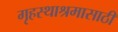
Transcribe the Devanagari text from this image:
गृहस्थाश्रमासाठी